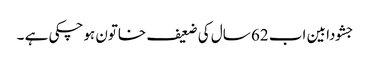
جشودا بین اب 62 سال کی ضعیف خاتون ہوچکی ہے ۔